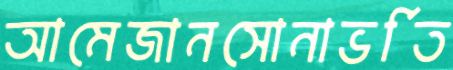
আমেজানসোনাভর্তি